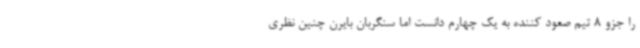
را جزو 8 تیم صعود کننده به یک چهارم دانست اما سنگربان بایرن چنین نظری